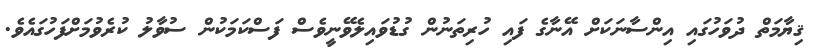
ޤިޔާމަތް ދުވަހުގައި އިންސާނަކަށް އޭނާގެ ފައި ހުރިތަނުން ގުޑުވައިލެވޭނީވެސް ފަސްކަމަކުން ސުވާލު ކުރެވުމަށްފަހުގައެވެ.